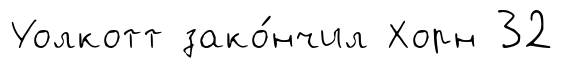
Уолкотт зако́нчил Хорн 32